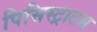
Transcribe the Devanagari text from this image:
पिसिस्ट्राटस